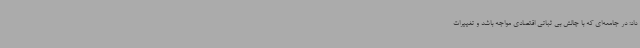
داد: در جامعه‌ای که با چالش بی ثباتی اقتصادی مواجه باشد و تغییرات